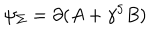
\psi _ { \Sigma } = \partial ( A + \gamma ^ { 5 } B )